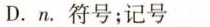
D.n.符号;记号